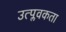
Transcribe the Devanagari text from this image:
उत्प्लवकता